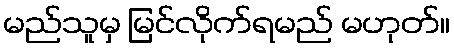
မည်သူမှ မြင်လိုက်ရမည် မဟုတ်။